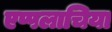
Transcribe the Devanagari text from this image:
एप्पलाचिया